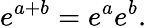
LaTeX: e^{a+b}=e^{a}e^{b}.